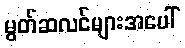
မွတ်ဆလင်များအပေါ်